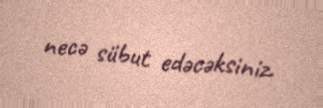
necə sübut edəcəksiniz.